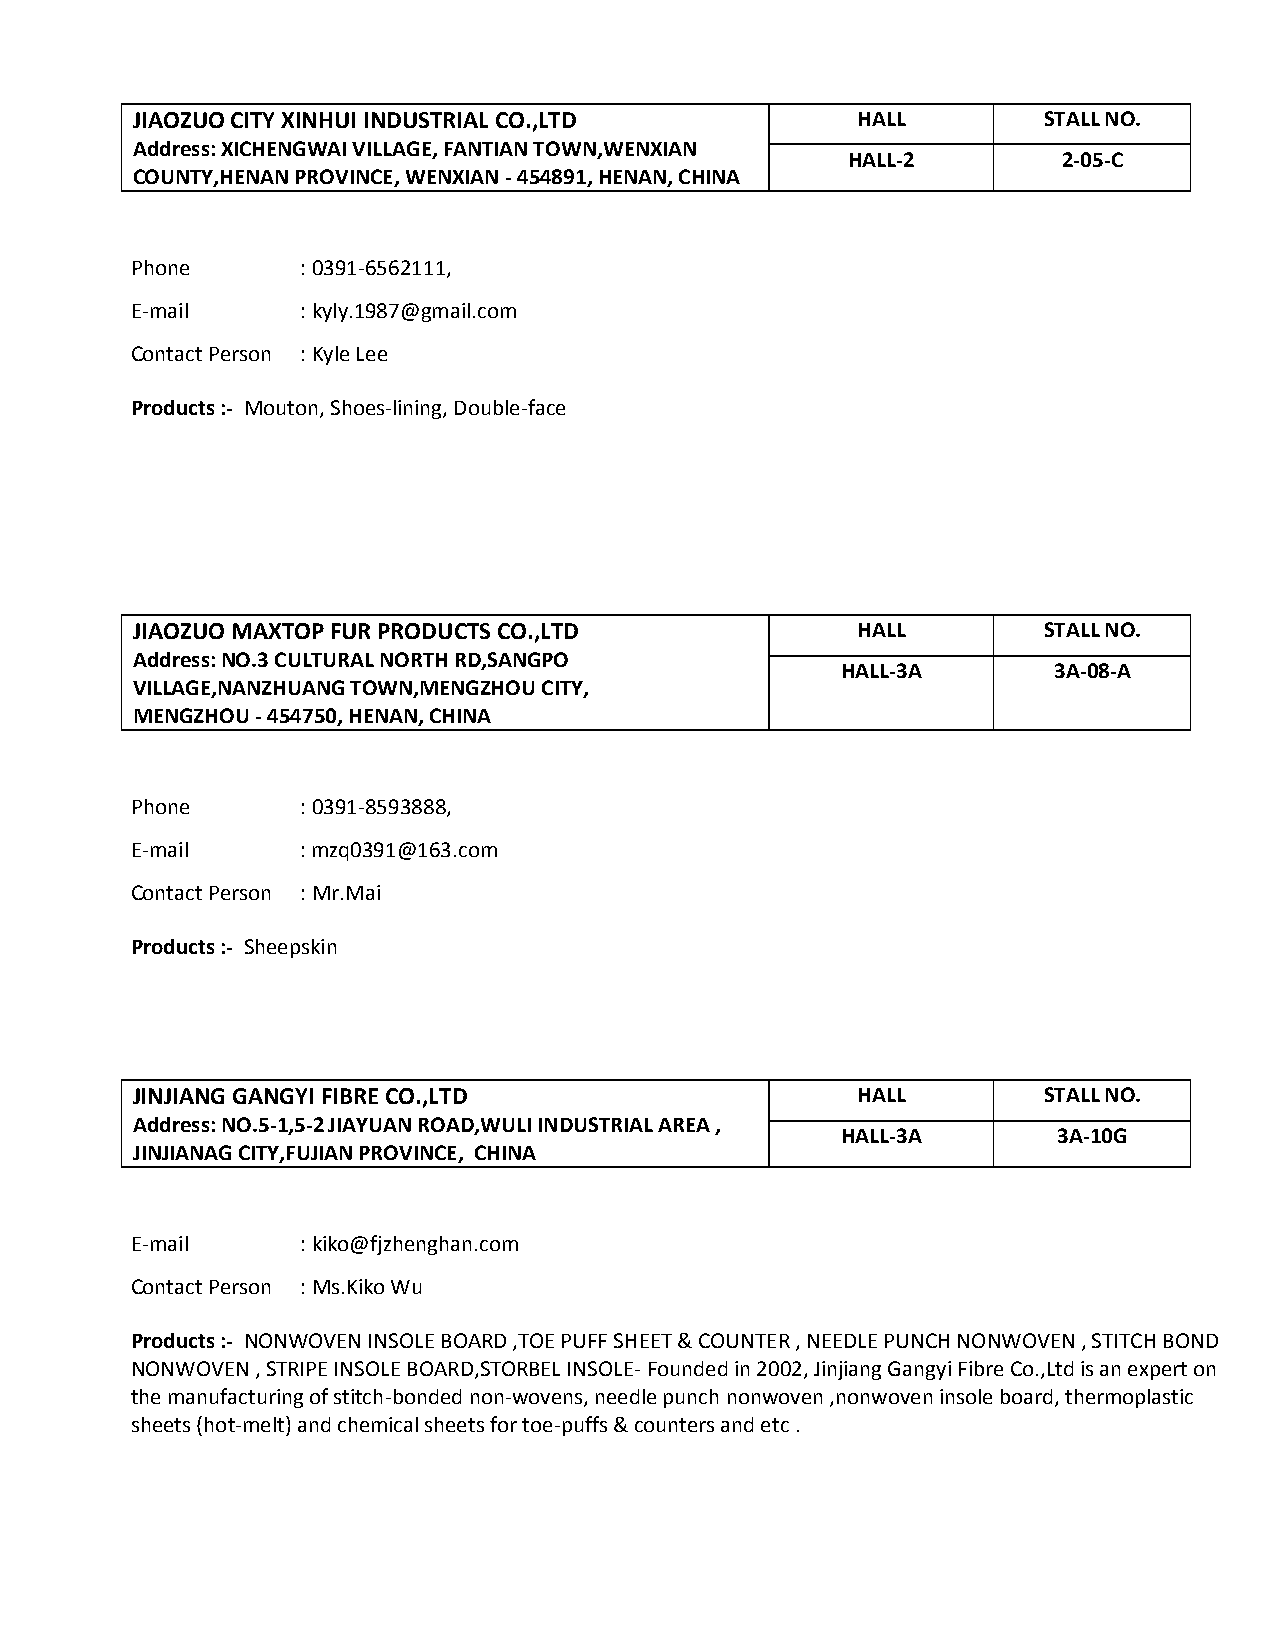
JIAOZUO CITY XINHUI INDUSTRIAL CO.,LTD          HALL        STALL NO.
 Address: XICHENGWAI VILLAGE, FANTIAN TOWN,WENXIAN
 HALL-2        2-05-C
 COUNTY,HENAN PROVINCE, WENXIAN - 454891, HENAN, CHINA
 Phone      : 0391-6562111,
 E-mail     : kyly.1987@gmail.com
 Contact Person : Kyle Lee
 Products :- Mouton, Shoes-lining, Double-face
 JIAOZUO MAXTOP FUR PRODUCTS CO.,LTD             HALL        STALL NO.
 Address: NO.3 CULTURAL NORTH RD,SANGPO
 HALL-3A       3A-08-A
 VILLAGE,NANZHUANG TOWN,MENGZHOU CITY,
 MENGZHOU - 454750, HENAN, CHINA
 Phone      : 0391-8593888,
 E-mail     : mzq0391@163.com
 Contact Person : Mr.Mai
 Products :- Sheepskin
 JINJIANG GANGYI FIBRE CO.,LTD                   HALL        STALL NO.
 Address: NO.5-1,5-2 JIAYUAN ROAD,WULI INDUSTRIAL AREA ,
 HALL-3A       3A-10G
 JINJIANAG CITY,FUJIAN PROVINCE, CHINA
 E-mail     : kiko@fjzhenghan.com
 Contact Person : Ms.Kiko Wu
 Products :- NONWOVEN INSOLE BOARD ,TOE PUFF SHEET & COUNTER , NEEDLE PUNCH NONWOVEN , STITCH BOND
 NONWOVEN , STRIPE INSOLE BOARD,STORBEL INSOLE- Founded in 2002, Jinjiang Gangyi Fibre Co.,Ltd is an expert on
 the manufacturing of stitch-bonded non-wovens, needle punch nonwoven ,nonwoven insole board, thermoplastic
 sheets (hot-melt) and chemical sheets for toe-puffs & counters and etc .